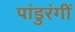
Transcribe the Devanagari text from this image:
पांडुरंगीं